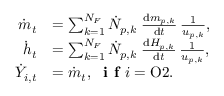
\begin{array} { r l } { \dot { m } _ { t } } & { = \sum _ { k = 1 } ^ { N _ { F } } \dot { N } _ { p , k } \; \frac { \mathrm { d } m _ { p , k } } { \mathrm { d } t } \, \frac { 1 } { u _ { p , k } } , } \\ { \dot { h } _ { t } } & { = \sum _ { k = 1 } ^ { N _ { F } } \dot { N } _ { p , k } \; \frac { \mathrm { d } H _ { p , k } } { \mathrm { d } t } \, \frac { 1 } { u _ { p , k } } , } \\ { \dot { Y } _ { i , t } } & { = \dot { m } _ { t } , \; \textbf { i f } i = \mathrm { O 2 } . } \end{array}